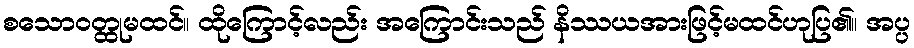
စသောဝတ္ထုမထင်။ ထိုကြောင့်လည်း အကြောင်းသည် နိဿယအားဖြင့်မထင်ဟုပြ၏။ အပ္ပ